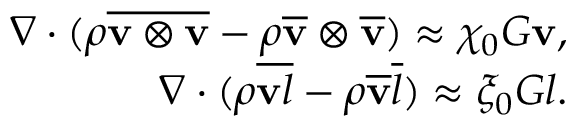
\begin{array} { r } { \nabla \cdot ( \rho \overline { { \mathbf v \otimes \mathbf v } } - \rho \overline { { \mathbf v } } \otimes \overline { { \mathbf v } } ) \approx \chi _ { 0 } G \mathbf v , } \\ { \nabla \cdot ( \rho \overline { { \mathbf v l } } - \rho \overline { { \mathbf v } } \overline { { l } } ) \approx \xi _ { 0 } G l . } \end{array}